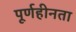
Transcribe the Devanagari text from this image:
पूर्णहीनता